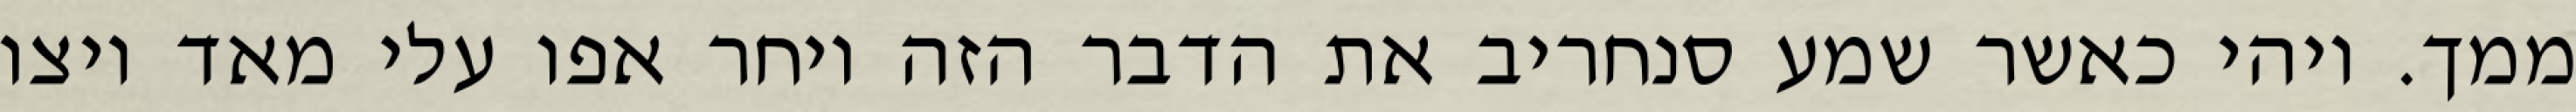
ממך. ויהי כאשר שמע סנחריב את הדבר הזה ויחר אפו עלי מאד ויצו